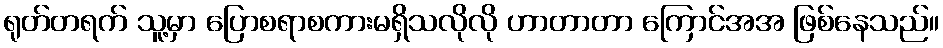
ရုတ်တရက် သူ့မှာ ပြောစရာစကားမရှိသလိုလို ဟာတာတာ ကြောင်အအ ဖြစ်နေသည်။